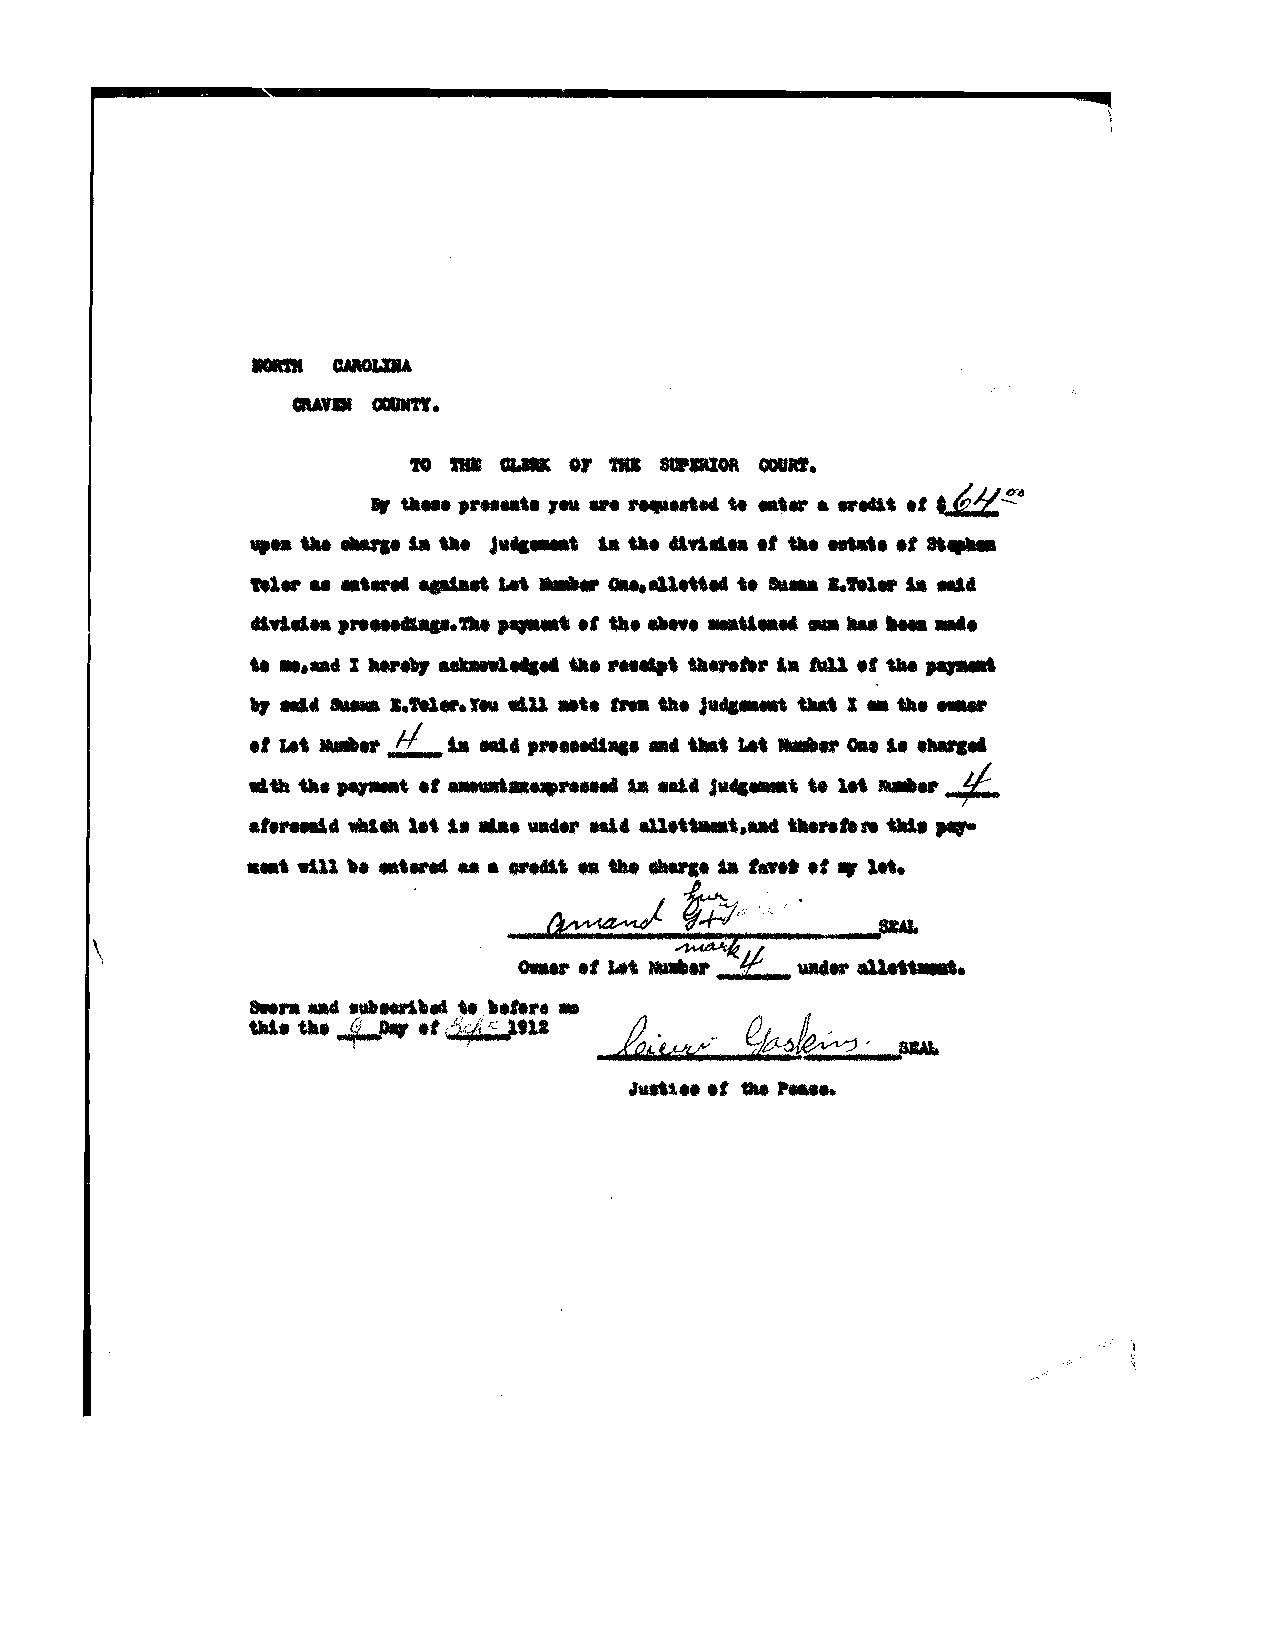
G
 \
 \
 1
 __01
 or _
 to _  ...              oouat.
 ,ft .............
 _ til•• , ..u ••       w tat......., ., ~.!!:d
 ._.w. tu   la til. J  t ill •• a.fttll••, •• enate ., .....
 t   qat.ut Let  ".41."          tel.. Sa Mia
 ,.,..t .,
 ...................a.         _u       _  hIa  .
 te •••• X __    1..... till ' til ,.. la M1 ., tU .....
 .,        I.M  rIU wlU •••.'" tile J tIIat I _ tal. ~
 .,        Lu    ••,            ,  ,
 i    ..
 1Il. I.'"         ...¢..
 ~
 ...tIl ta.. .,                       u let
 will.
 _4.,.
 .1......   let i         .a .n.t..".... tu..,. ..,.
 ..t wU1 , ••, ..... AI , .. the ...... is ,••t ., ., In.
 ~          ~-;."
 ¥I~:::r.'.<.<-
 ~           .,fJIUI.
 \                              _          .,,,.1/;, E ..... ~.
 .... If ..., NiI.IIINI'